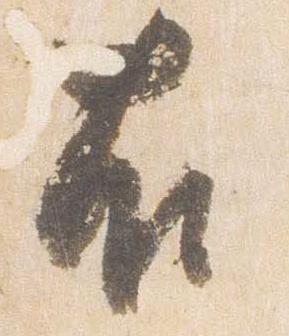
右